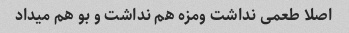
اصلا طعمی نداشت ومزه هم نداشت و بو هم میداد